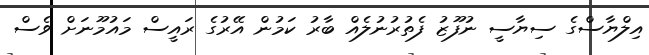
އިލްޔާސްގެ ސިޔާސީ ނުފޫޒު ފެތުރުނުލެއް ބާރު ކަމުން އޭރުގެ ރައީސް މައުމޫނަށް ވެސް